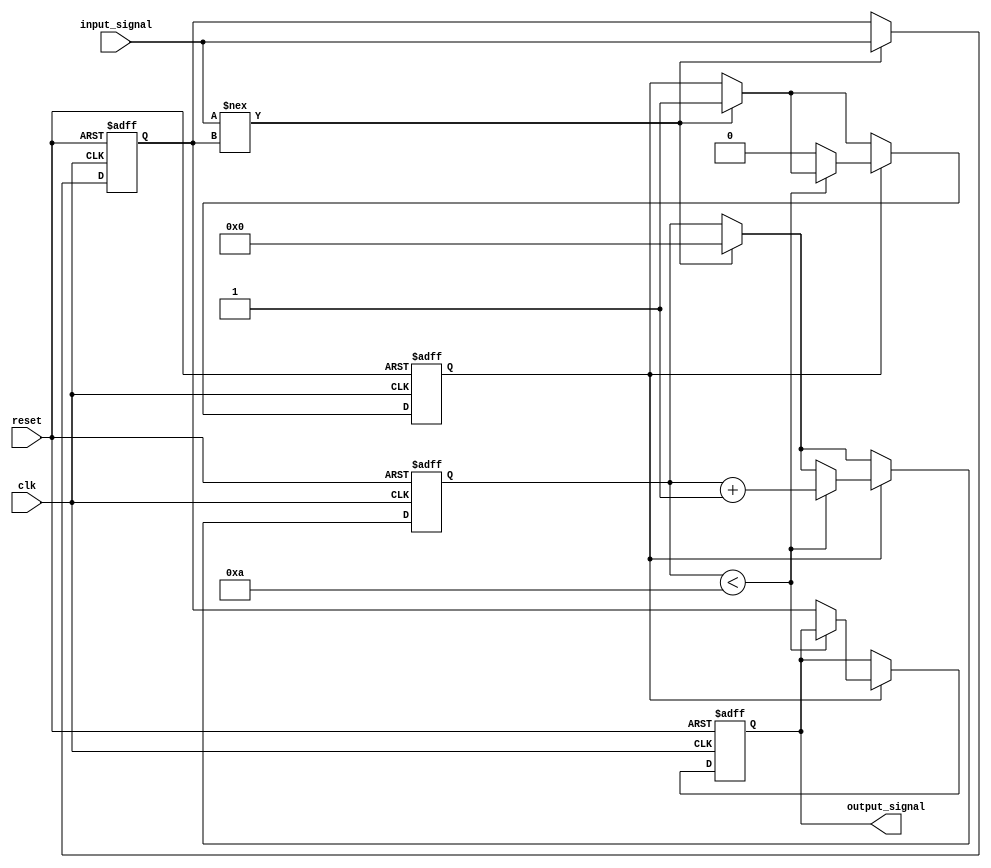
module Delay #(
    parameter DELAY_DURATION = 10 // Delay duration in time units (e.g., nanoseconds)
)(
    input wire clk,               // Clock signal
    input wire reset,             // Reset signal
    input wire input_signal,       // Input signal to be delayed
    output reg output_signal       // Delayed output signal
);

    // Internal signal to track the delayed input
    reg delayed_signal;
    // Internal counter for delay implementation
    reg [31:0] counter;
    // State to indicate if a delay is active
    reg delay_active;

    // Always block to handle reset and input signal changes
    always @(posedge clk or posedge reset) begin
        if (reset) begin
            output_signal <= 1'b0;    // Reset output to low
            delayed_signal <= 1'b0;    // Reset delayed signal
            counter <= 0;              // Reset counter
            delay_active <= 1'b0;      // Reset delay active state
        end else begin
            if (input_signal !== delayed_signal) begin
                // Input has changed, start the delay
                delayed_signal <= input_signal;
                counter <= 0;          // Reset counter
                delay_active <= 1'b1;  // Indicate that delay is active
            end
            
            // If delay is active, increment the counter
            if (delay_active) begin
                if (counter < DELAY_DURATION) begin
                    counter <= counter + 1; // Increment counter
                end else begin
                    // Delay period is complete, update output signal
                    output_signal <= delayed_signal;
                    delay_active <= 1'b0; // Reset delay active state
                end
            end
        end
    end

endmodule